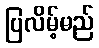
ပြလိမ့်မည်